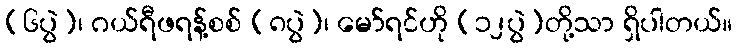
(၆ပွဲ)၊ ဂယ်ရီဖရန့်စစ် (၈ပွဲ)၊ မော်ရင်ဟို (၁၂ပွဲ)တို့သာ ရှိပါတယ်။